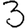
Digit: 3